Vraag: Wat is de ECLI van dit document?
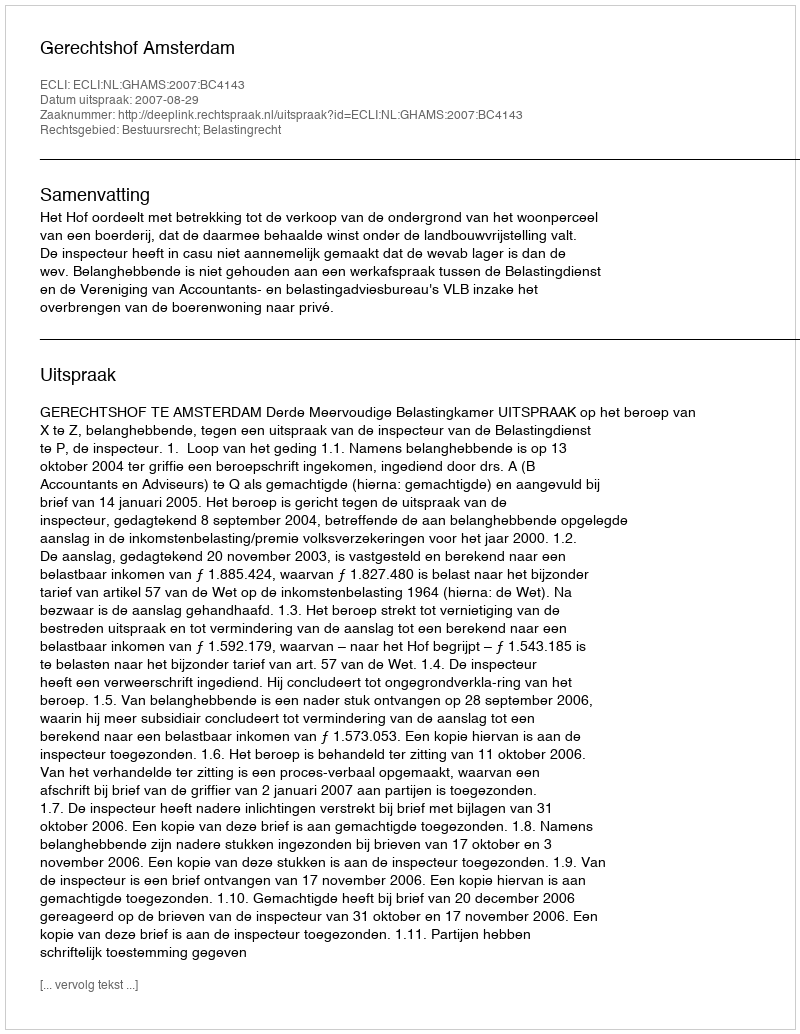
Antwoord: ECLI:NL:GHAMS:2007:BC4143